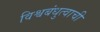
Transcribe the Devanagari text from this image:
विश्वबंधुत्वाची